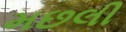
મછલી